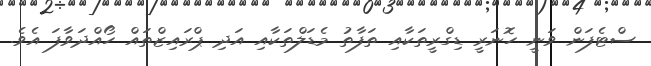
ސްޓެފަން ވަނީ ހޮނަރީ ޑިގްރީތަކާއި ތަފާތު މެޑަލްތަކާއި އަދި ޕްރައިޒްތައް ހޯއްދަވާފަ އެވެ.